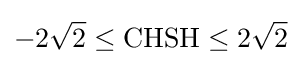
-2{\sqrt {2}}\leq \mathrm {CHSH} \leq 2{\sqrt {2}}